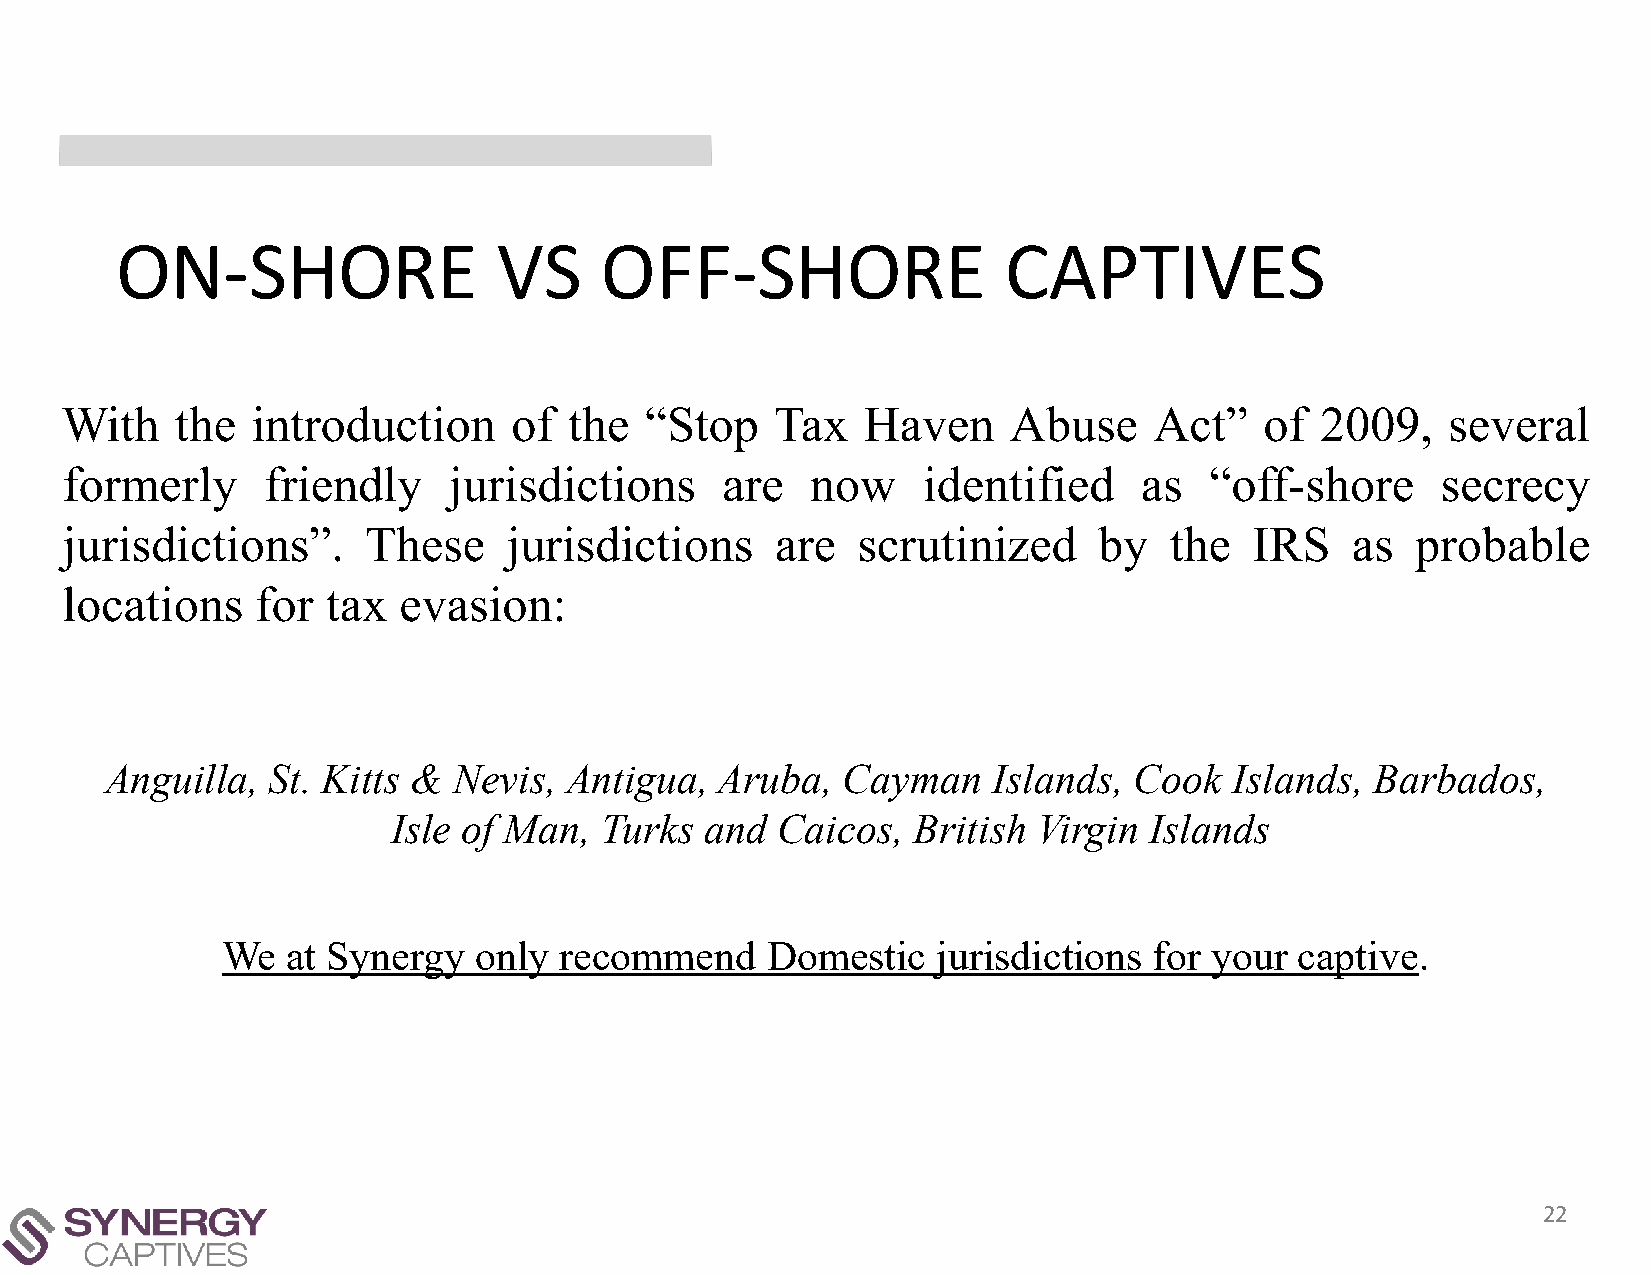
ON-SHORE                 VS     OFF-SHORE                 CAPTIVES
 With    the  introduction     of  the  “Stop   Tax   Haven     Abuse    Act”    of 2009,    several
 formerly     friendly     jurisdictions     are   now    identified    as   “off-shore     secrecy
 jurisdictions”.     These     jurisdictions    are   scrutinized     by  the   IRS   as   probable
 locations    for  tax evasion:
 Anguilla,  St. Kitts & Nevis, Antigua,   Aruba,  Cayman    Islands, Cook   Islands, Barbados,
 Isle of Man,  Turks  and Caicos,  British  Virgin Islands
 We  at Synergy  only  recommend     Domestic   jurisdictions for your  captive.
 22